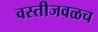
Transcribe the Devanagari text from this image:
वस्तीजवळच